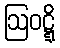
ဩဝဋ္ဋိ